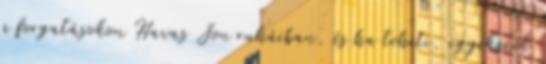
a forgatásokon Havas Jon ruháiban, és ha teheti, igyekszik